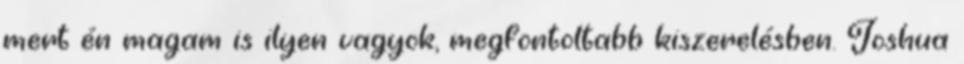
mert én magam is ilyen vagyok, megfontoltabb kiszerelésben. Joshua